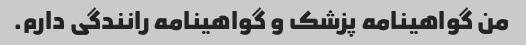
من گواهینامه پزشک و گواهینامه رانندگی دارم.